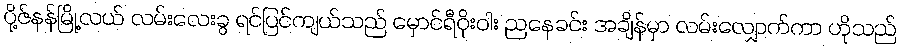
ပို့ဇ်နန်မြို့လယ် လမ်းလေးခွ ရင်ပြင်ကျယ်သည် မှောင်ရီဝိုးဝါး ညနေခင်း အချိန်မှာ လမ်းလျှောက်ကာ ဟိုသည်